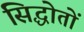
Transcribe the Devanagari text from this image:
सिद्धोतों